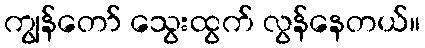
ကျွန်တော် သွေးထွက် လွန်နေတယ်။